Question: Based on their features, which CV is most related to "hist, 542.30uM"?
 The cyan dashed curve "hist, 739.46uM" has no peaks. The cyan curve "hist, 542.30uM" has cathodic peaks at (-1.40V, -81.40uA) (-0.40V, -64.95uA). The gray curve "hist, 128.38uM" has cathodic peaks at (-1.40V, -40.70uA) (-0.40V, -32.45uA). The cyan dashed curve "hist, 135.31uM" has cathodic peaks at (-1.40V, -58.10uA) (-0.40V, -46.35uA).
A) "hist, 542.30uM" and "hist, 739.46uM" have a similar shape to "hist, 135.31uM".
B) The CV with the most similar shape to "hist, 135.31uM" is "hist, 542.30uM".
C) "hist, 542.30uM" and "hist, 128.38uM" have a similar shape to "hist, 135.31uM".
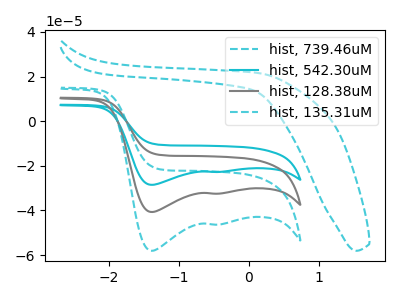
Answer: <think>"hist, 739.46uM" and "hist, 542.30uM" have a different number of peaks. "hist, 739.46uM" and "hist, 128.38uM" have a different number of peaks. "hist, 739.46uM" and "hist, 135.31uM" have a different number of peaks. All the peaks in "hist, 542.30uM" have a peak in "hist, 128.38uM" at the same potential. Every peak in "hist, 542.30uM" is higher than every peak in "hist, 128.38uM". All the peaks in "hist, 542.30uM" have a peak in "hist, 135.31uM" at the same potential. Every peak in "hist, 542.30uM" is higher than every peak in "hist, 135.31uM". All the peaks in "hist, 128.38uM" have a peak in "hist, 135.31uM" at the same potential. Every peak in "hist, 128.38uM" is lower than every peak in "hist, 135.31uM".
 </think>
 <answer>C) "hist, 542.30uM" and "hist, 128.38uM" have a similar shape to "hist, 135.31uM".</answer>
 <eval>C</eval>